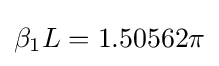
\beta _{1}L=1.50562\pi